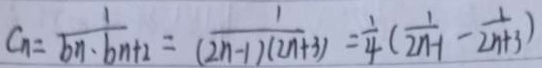
C _ { n } = \frac { 1 } { b _ { n } \cdot b _ { n } + 2 } = \frac { 1 } { ( 2 n - 1 ) ( 2 n + 3 ) } = \frac { 1 } { 4 } ( \frac { 1 } { 2 n - 1 } - \frac { 1 } { 2 n + 3 } )